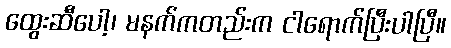
ထွေးဆီပေါ့၊ မနက်ကတည်းက ငါရောက်ပြီးပါပြီ။